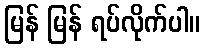
မြန် မြန် ရပ်လိုက်ပါ။